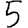
Digit: 5